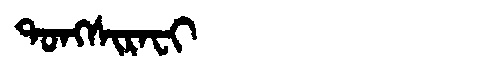
Manchu: ᡨᠣᠩᠰᡳᡵᠠᠸᡳ
Romanization: TONGSIRAFI